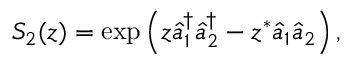
S _ { 2 } ( z ) = \exp \left( z \hat { a } _ { 1 } ^ { \dagger } \hat { a } _ { 2 } ^ { \dagger } - z ^ { * } \hat { a } _ { 1 } \hat { a } _ { 2 } \right) ,